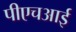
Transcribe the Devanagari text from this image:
पीएचआई